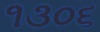
૧૩૦૬